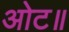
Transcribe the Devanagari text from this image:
ओट॥